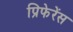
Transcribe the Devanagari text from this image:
प्रिफेरेंस